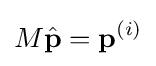
M{\hat {\mathbf {p}}}={\mathbf {p}}^{(i)}